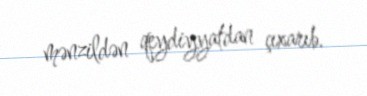
mənzildən qeydiyyatdan çıxarıb.